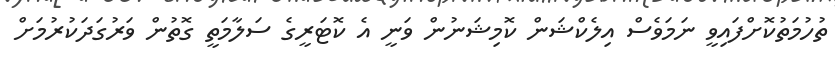
ތުހުމަތުކޮށްފައިވީ ނަމަވެސް އިލެކްޝަން ކޮމިޝަނުން ވަނީ އެ ކޮޓަރީގެ ސަލާމަތީ ގޮތުން ވަރުގަދަކުރުމަށް